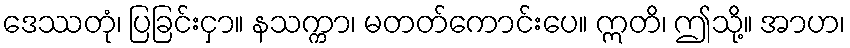
ဒေဿတုံ၊ ပြခြင်းငှာ။ နသက္ကာ၊ မတတ်ကောင်းပေ။ ဣတိ၊ ဤသို့။ အာဟ၊